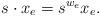
LaTeX: \begin{align*} s \cdot x_e = s^{w_e} x_e.\end{align*}